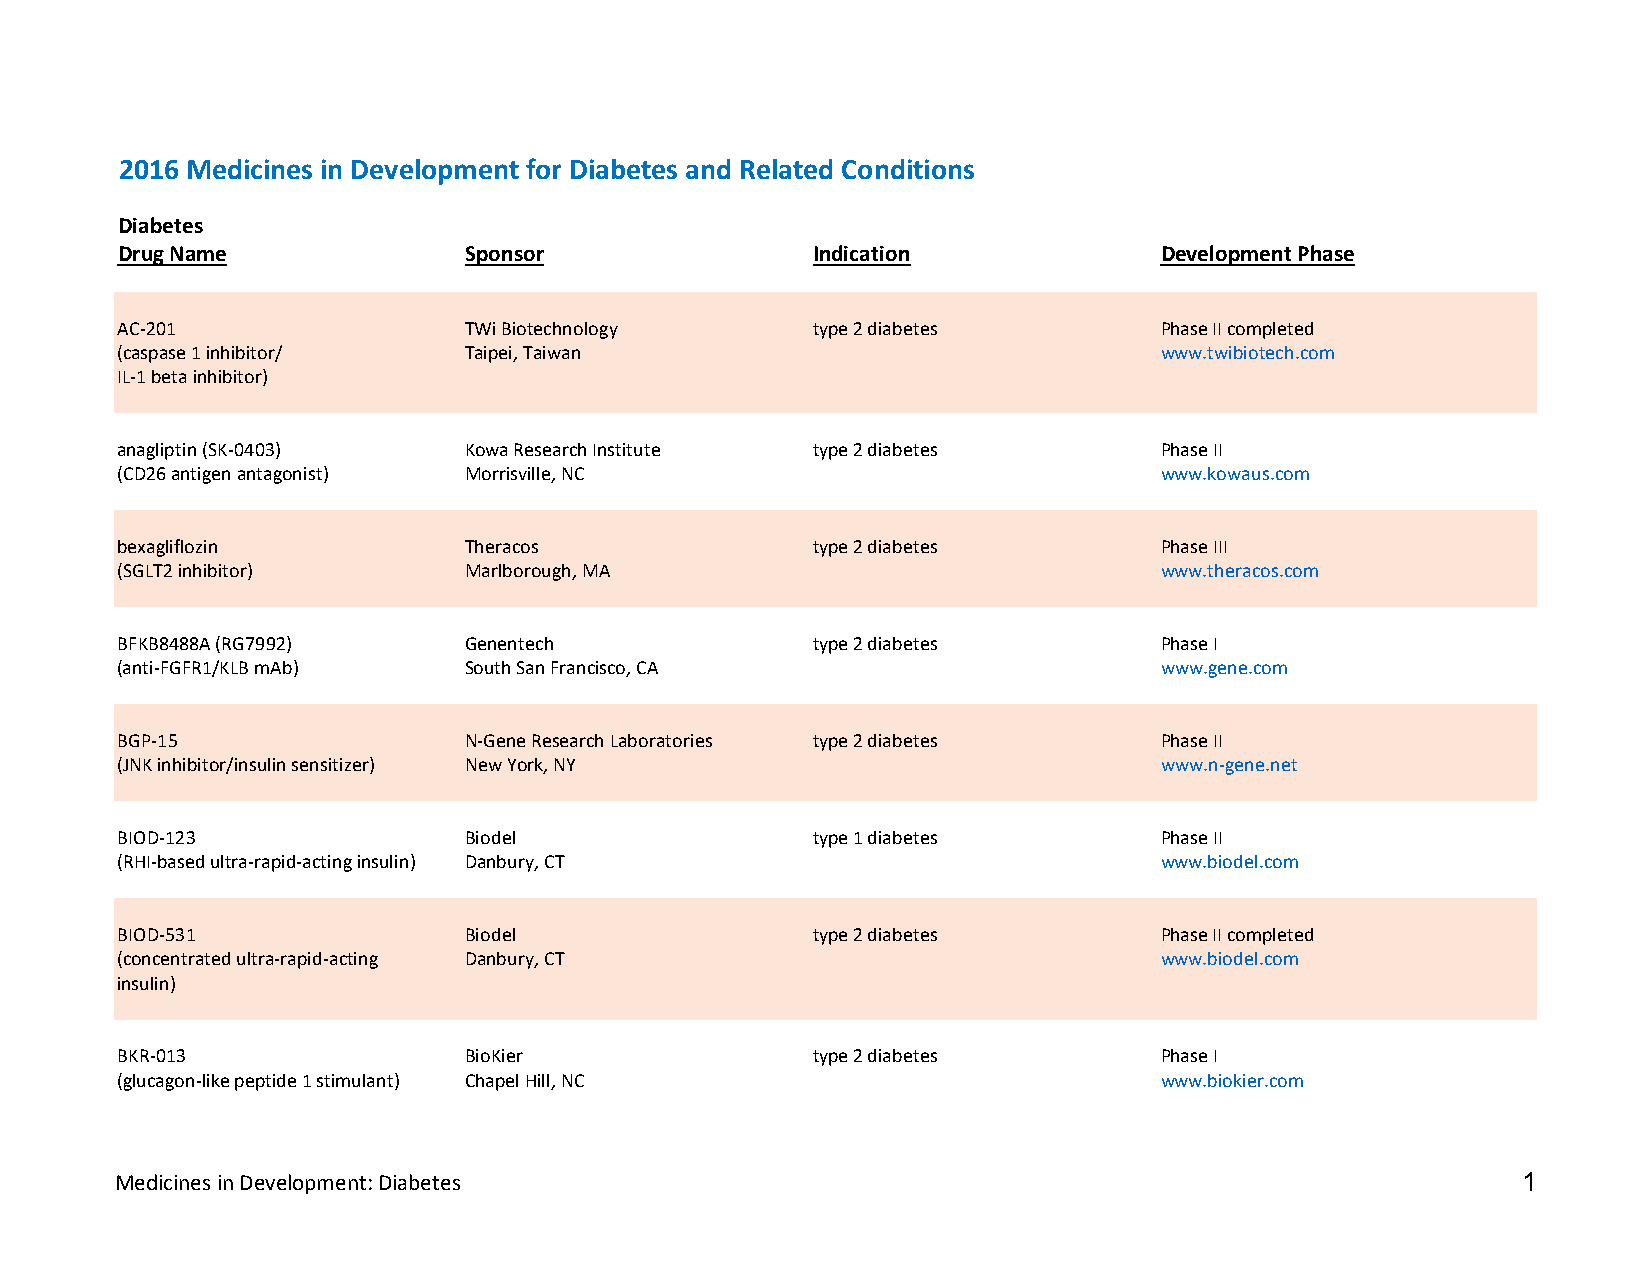
2016 Medicines in Development for Diabetes and Related Conditions
 Diabetes
 Drug Name              Sponsor                Indication             Development Phase
 AC-201                 TWi Biotechnology      type 2 diabetes        Phase II completed
 (caspase 1 inhibitor/  Taipei, Taiwan                                www.twibiotech.com
 IL-1 beta inhibitor)
 anagliptin (SK-0403)   Kowa Research Institute type 2 diabetes       Phase II
 (CD26 antigen antagonist) Morrisville, NC                            www.kowaus.com
 bexagliflozin          Theracos               type 2 diabetes        Phase III
 (SGLT2 inhibitor)      Marlborough, MA                               www.theracos.com
 BFKB8488A (RG7992)     Genentech              type 2 diabetes        Phase I
 (anti-FGFR1/KLB mAb)   South San Francisco, CA                       www.gene.com
 BGP-15                 N-Gene Research Laboratories type 2 diabetes  Phase II
 (JNK inhibitor/insulin sensitizer) New York, NY                      www.n-gene.net
 BIOD-123               Biodel                 type 1 diabetes        Phase II
 (RHI-based ultra-rapid-acting insulin) Danbury, CT                   www.biodel.com
 BIOD-531               Biodel                 type 2 diabetes        Phase II completed
 (concentrated ultra-rapid-acting Danbury, CT                         www.biodel.com
 insulin)
 BKR-013                BioKier                type 2 diabetes        Phase I
 (glucagon-like peptide 1 stimulant) Chapel Hill, NC                  www.biokier.com
 Medicines in Development: Diabetes                                                           1